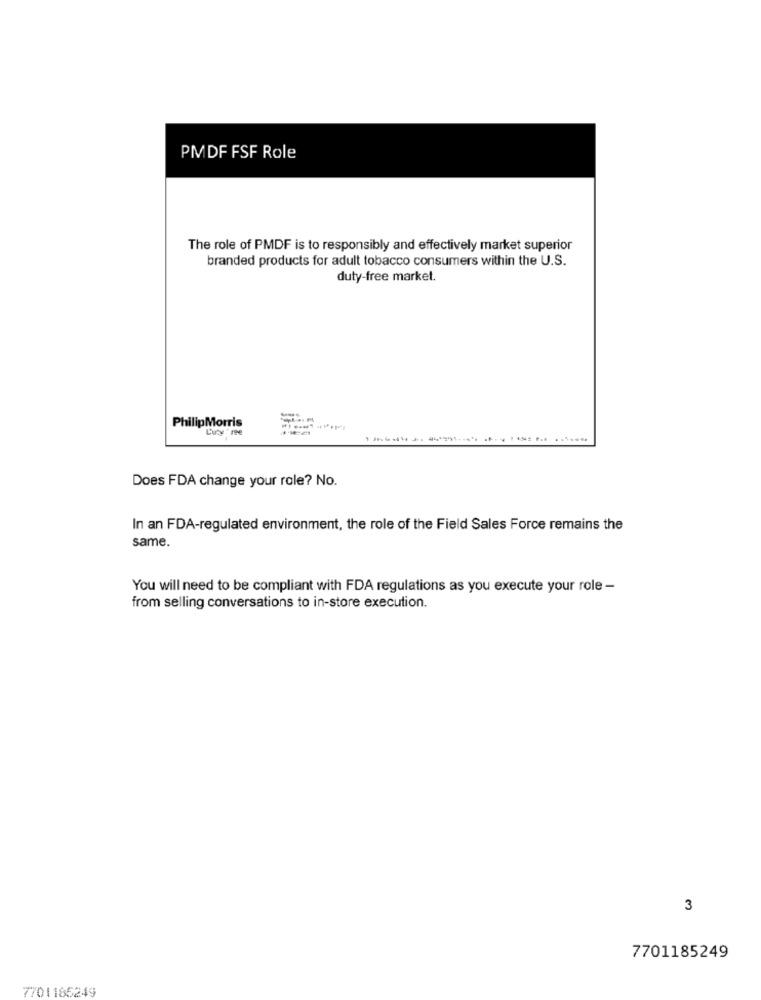
PMDF FSF Role
The role of PMDF is to responsibly and effectively market superior
branded products for adult tobacco consumers within the U.S.
duty-free market.
PhilipMorris
Luty 're
Does FDA change your role? No.
In an FDA-regulated environment, the role of the Field Sales Force remains the
same.
You will need to be compliant with FDA regulations as you execute your role -
from selling conversations to in-store execution.
3
7701185249
7701186249